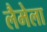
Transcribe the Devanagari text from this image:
लैमेला